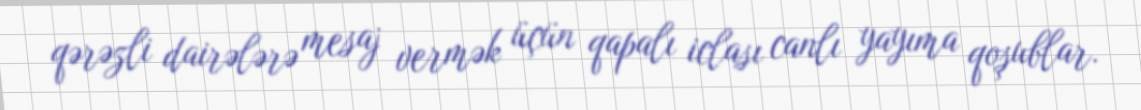
qərəzli dairələrə mesaj vermək üçün qapalı iclası canlı yayıma qoşublar.